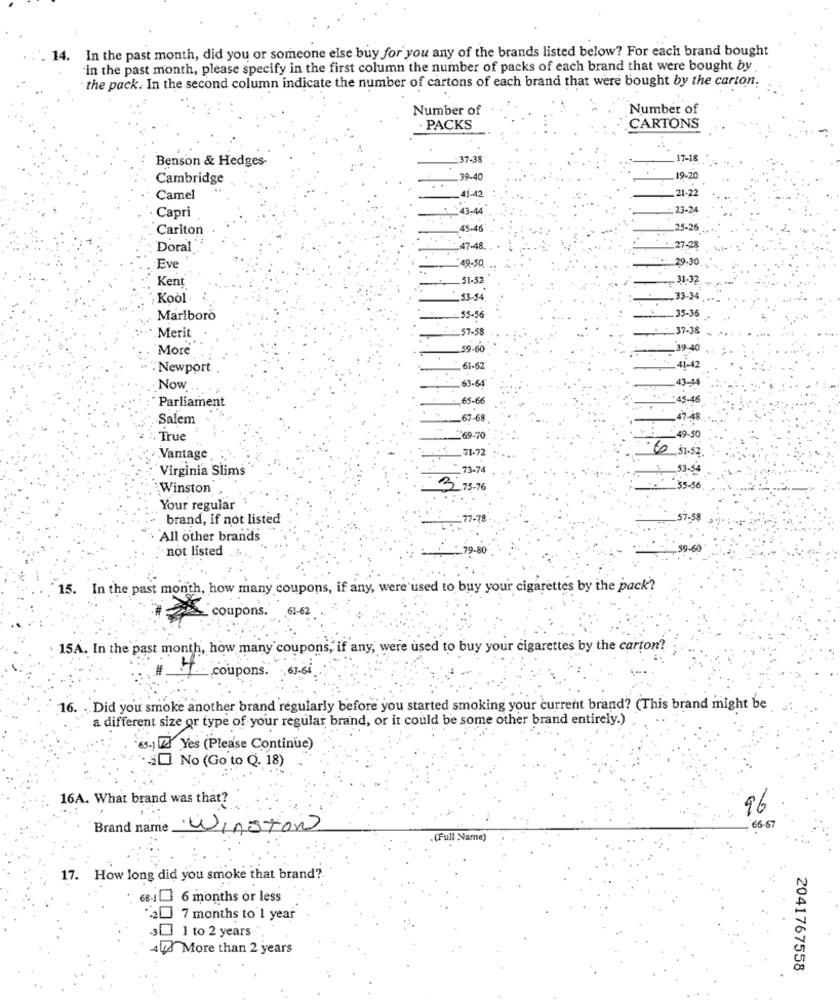
14. In the past month, did you or someone else buy for you any of the brands listed below? For each brand bought
'in the past month, please specify in the first column the number of packs of each brand that were bought by
the pack. In the second column indicate the number of cartons of each brand that were bought by the carton.
Number of
Number of
PACKS
CARTONS
-37-38
17-18
Benson & Hedges-
Cambridge
19.40
19-20
-41-42
21-22
Camel
:43-44'
1.23-24
Capri
Cariton
45-46
25-26
Doral
47-48.
. 27-28
49-50
29:30
Eve
Kent
51-52
31-32
Kool
$3.34
-33-34
35-36
Marlboro
.55-56
:57-58
37-38
Merit
More
.59-60
_39-40
Newport
61-62
41-4
63-64
معي.43.
Now
...
Parliament
-65-6€
:45-46
Salem
-67-68
47-48
49-50
True
69-70
6 71.72
_51-52
Vantage
Virginia Slims
73-74
53-5
Winston
3 75-76
:35-56
Your regular
brand, if not listed
All other brands
not listed
59-60
: 9.80
15. In the past month, how many coupons, if any, were used to buy your cigarettes by the pack?
coupons." 61-62
15A. In the past month, how many coupons, if any, were used to buy your cigarettes by the carton?
4.
upons.
.63-64
16. . Did you smoke another brand regularly before you started smoking your current brand? (This brand might be
a different size or type of your regular brand, or it could be some other brand entirely.)
65.1Z Yes (Please Continue)
30 No (Go to Q. 18)
16A. What brand was that?
96
66-67
Brand name Winstow
(Full Name)
17. How long did you smoke that brand ?.
68.16 months or less
2 7 months to 1 year
3 1 to 2 years
44 More than 2 years
2041767558